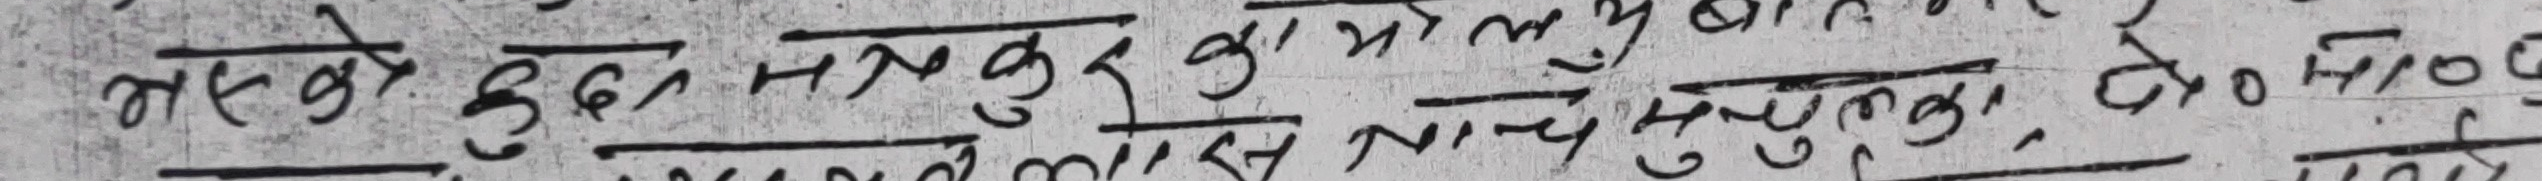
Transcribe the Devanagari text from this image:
नसने हुद नानुहु कुई मासु पाउल बा चा बुड़ा मुइ संसुन्न कुं तो होड